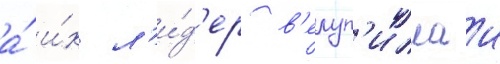
а́ и́х л'и́д'ер в'елуп'иллаи